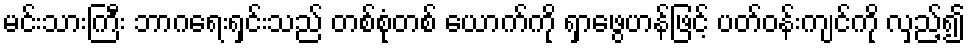
မင်းသားကြီး ဘာဂရေးရှင်းသည် တစ်စုံတစ် ယောက်ကို ရှာဖွေဟန်ဖြင့် ပတ်ဝန်းကျင်ကို လှည့်၍